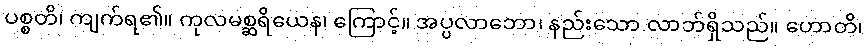
ပစ္စတိ၊ ကျက်ရ၏။ ကုလမစ္ဆရိယေန၊ ကြောင့်။ အပ္ပလာဘော၊ နည်းသော လာဘ်ရှိသည်။ ဟောတိ၊